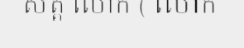
សត្ត លោក ( លោក